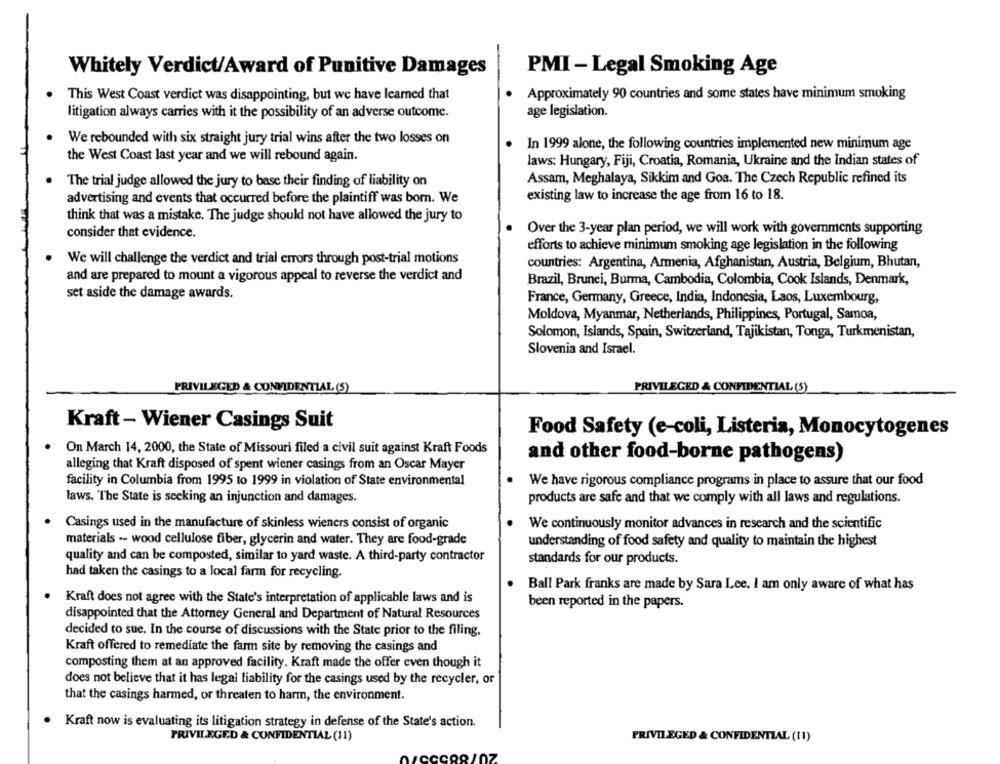
Whitely Verdict/Award of Punitive Damages
PMI - Legal Smoking Age
This West Coast verdict was disappointing, but we have learned that
Approximately 90 countries and some states have minimum smoking
litigation always carries with it the possibility of an adverse outcome.
age legislation.
We rebounded with six straight jury trial wins after the two losses on
In 1999 alone, the following countries implemented new minimum age
the West Coast last year and we will rebound again.
laws: Hungary, Fiji, Croatia, Romania, Ukraine and the Indian states of
The trial judge allowed the jury to base their finding of liability on
Assam, Meghalaya, Sikkim and Goa. The Czech Republic refined its
advertising and events that occurred before the plaintiff was born. We
existing law to increase the age from 16 to 18.
think that was a mistake. The judge should not have allowed the jury to
Over the 3-year plan period, we will work with governments supporting
consider that evidence.
efforts to achieve minimum smoking age legislation in the following
We will challenge the verdict and trial errors through post-trial motions
countries: Argentina, Armenia, Afghanistan, Austria, Belgium, Bhutan,
and are prepared to mount a vigorous appeal to reverse the verdict and
Brazil, Brunei, Burma, Cambodia, Colombia, Cook Islands, Denmark,
set aside the damage awards.
France, Germany, Greece, India, Indonesia, Laos, Luxembourg,
Moldova, Myanmar, Netherlands, Philippines, Portugal, Samoa,
Solomon, Islands, Spain, Switzerland, Tajikistan, Tonga, Turkmenistan,
Slovenia and Israel.
PRIVILEGED & CONFIDENTIAL (5)
PRIVILEGED & CONFIDENTIAL (5)
Kraft - Wiener Casings Suit
Food Safety (e-coli, Listeria, Monocytogenes
On March 14, 2000, the State of Missouri filed a civil suit against Kraft Foods
and other food-borne pathogens)
alleging that Kraft disposed of spent wiener casings from an Oscar Mayer
facility in Columbia from 1995 to 1999 in violation of State environmental
We have rigorous compliance programs in place to assure that our food
laws. The State is seeking an injunction and damages.
products are safe and that we comply with all laws and regulations.
Casings used in the manufacture of skinless wieners consist of organic
We continuously monitor advances in research and the scientific
materials -- wood cellulose fiber, glycerin and water. They are food-grade
understanding of food safety and quality to maintain the highest
quality and can be composted, similar to yard waste. A third-party contractor
standards for our products.
had taken the casings to a local farm for recycling.
Ball Park franks are made by Sara Lee. I am only aware of what has
Kraft does not agree with the State's interpretation of applicable laws and is
been reported in the papers.
disappointed that the Attorney General and Department of Natural Resources
decided to sue. In the course of discussions with the State prior to the filing.
Kraft offered to remediate the farm site by removing the casings and
composting them at an approved facility. Kraft made the offer even though it
does not believe that it has legal liability for the casings used by the recycler, or
that the casings harmed, or threaten to harm, the environment.
Kraft now is evaluating its litigation strategy in defense of the State's action.
PRIVILEGED & CONFIDENTIAL (11)
PRIVILEGED & CONFIDENTIAL (II)